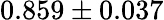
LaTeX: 0.859\pm 0.037